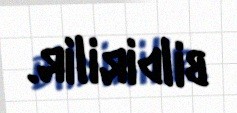
bildirilir.